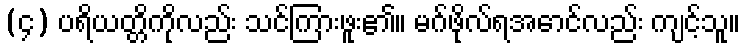
(၄) ပရိယတ္တိကိုလည်း သင်ကြားဖူး၏။ မဂ်ဖိုလ်ရအောင်လည်း ကျင့်သူ။